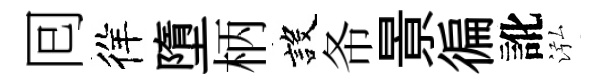
囘徉墮柄設𢁙㬌徧訛泓